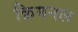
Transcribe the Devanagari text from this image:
क्रिमनल